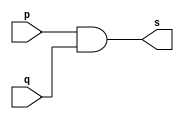
// ---------------------
// EXERCICIO 09 - AND
// Nome: Rodolfo Herman
// ---------------------

/**
* AND
*/
module pand ( output s, input p, input q );
//cria vinculo
assign s = (p & q);
//terminar
endmodule

/**
* Testar porta
*/
module testador;
//criar entradas
reg a;
reg b;
reg c;
reg d;
//criar FIO
wire s1, s2, s3;
//instancia
pand AND1 ( s1, a, b );
pand AND2 ( s2, c, d );
pand AND3 ( s3, s1, s2);
//atribuir valor inicial
initial begin
a = 0;
b = 0;
c = 0;
d = 0;
//terminar initial
end

/**
* Main - parte principal
*/
initial begin
//identificaao
$display ( "Exercicio 009");
$display ( "Autor: Rodolfo Herman");
$display ( "Testar porta AND");
$display ( "(s1 & s2) = s \n");
$monitor ( "( %b & %b ) = %b", s1, s2, s3 );
#1 a = 0; b = 1;
#1 a = 1; b = 1;
#1 a = 0; b = 0; c = 1; d = 1;
#1 a = 1; b = 1; c = 1; d = 1;
//terminar initial
end
//terminar
endmodule